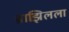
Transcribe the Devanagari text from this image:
ब्राझिलला